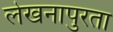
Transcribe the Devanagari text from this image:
लेखनापुरता